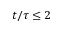
t / \tau \leq 2